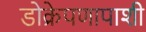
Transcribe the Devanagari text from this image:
डोक्रेपणापाशी